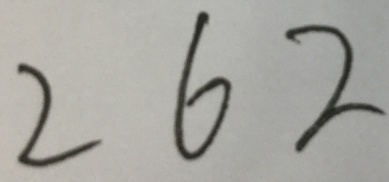
2 6 2